Triennial report on the lunatic asylums in the province of Eastern Bengal and Assam - 1903-1911
Year: 1903
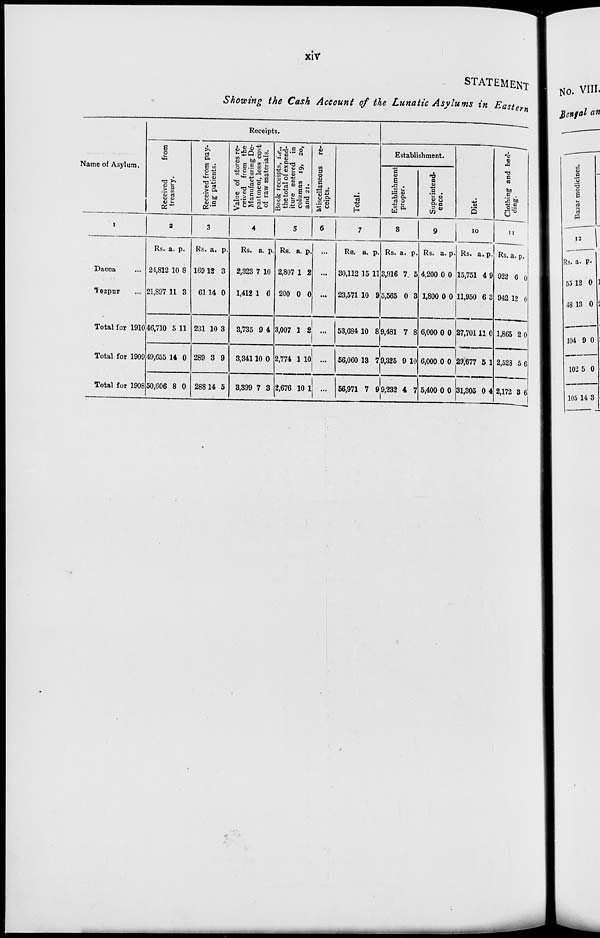
xiv
STATEMENT
Showing the Cash Account of the Lunatic Asylums in Eastern
Name of Asylum.
1
Dacca ...
Tezpur ...
Total for 1910
Total for 1909
Total for 1908
Receipts.
Received
from
treasury.
2
Rs.
24,812
21,897
46,710
49,655
50,606
a.
10
11
5
14
8
p.
8
3
11
0
0
Received from pay-
ing patients.
3
Rs.
169
61
231
289
288
a.
12
14
10
3
14
p.
3
0
3
9
5
Value of stores re-
ceived from the
Manufacturing De-
partment, less cost
of raw materials.
4
Rs.
2,323
1,412
3,735
3,341
3,399
a.
7
1
9
10
7
p.
10
6
4
0
3
Book receipts, i.e.,
the total of expend-
iture entered in
columns 19, 20,
and 21.
5
Rs.
2,807
200
3,007
2,774
2,676
a.
1
0
1
1
10
p.
2
0
2
10
1
Miscellaneous re-
ceipts.
6
...
...
...
...
...
...
Total.
7
Rs.
30,112
23,571
53,684
56,060
56,971
a.
15
10
10
13
7
p.
11
9
8
7
9
Establishment.
Establishment
proper.
8
Rs.
3,916
5,565
9,481
9,325
9,232
a.
7
0
7
9
4
p.
5
3
8
10
7
Superintend-
ence.
9
Rs.
4,200
1,800
6,000
6,000
5,400
a.
0
0
0
0
0
p.
0
0
0
0
0
Diet.
10
Rs.
15,751
11,950
27,701
29,677
31,305
a.
4
6
11
5
0
p.
9
3
0
1
4
Clothing and bed-
ding.
11
Rs.
922
942
1,865
2,528
2,172
a.
6
12
2
5
3
p.
0
0
0
6
6